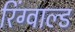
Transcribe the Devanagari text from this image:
रिंग्वाल्ड